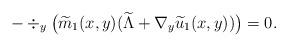
LaTeX: \begin{align*}-\div_y \big(\widetilde{m}_1 (x,y ) (\widetilde{\Lambda}+\nabla_y\widetilde{u}_1 (x,y ) )\big )=0.\end{align*}